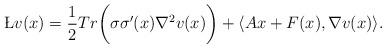
LaTeX: \begin{align*}\L v(x) = \frac{1}{2}Tr \bigg( \sigma \sigma'(x) \nabla^2 v(x) \bigg) + \langle Ax + F(x) , \nabla v(x) \rangle.\end{align*}